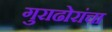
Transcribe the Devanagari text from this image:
गुराढोरांचा